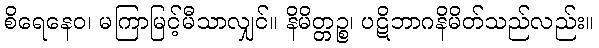
စိရေနေဝ၊ မကြာမြင့်မီသာလျှင်။ နိမိတ္တဉ္စ၊ ပဋိဘာဂနိမိတ်သည်လည်း။